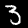
Label: 3